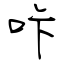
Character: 咔